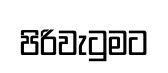
පිරිවැටුමට